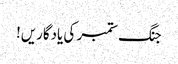
جنگ ستمبر کی یادگاریں!